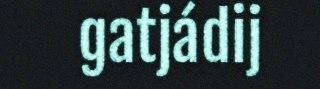
gatjádij